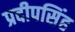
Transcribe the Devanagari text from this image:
प्रदीपसिंह